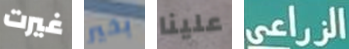
غيرت بخير علينا الزراعي